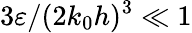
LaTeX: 3\varepsilon/(2k_{0}h)^{3}\ll 1